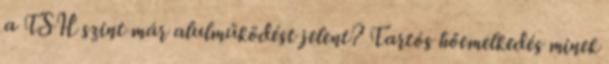
a TSH szint már alulműködést jelent? Tartós hőemelkedés minek